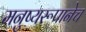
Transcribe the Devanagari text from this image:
मनुष्यरूपानेच